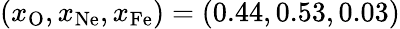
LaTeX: (x_{\mathrm{O}},x_{\mathrm{Ne}},x_{\mathrm{Fe}})=(0.44,0.53,0.03)